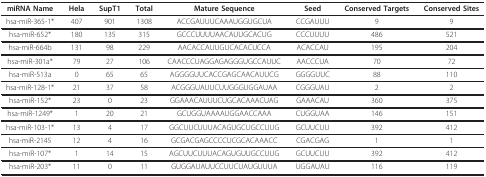
<table><thead><tr><td><b>miRNA Name</b></td><td><b>Hela</b></td><td><b>SupT1</b></td><td><b>Total</b></td><td><b>Mature Sequence</b></td><td><b>Seed</b></td><td><b>Conserved Targets</b></td><td><b>Conserved Sites</b></td></tr></thead><tbody><tr><td>hsa-miR-365-1*</td><td>407</td><td>901</td><td>1308</td><td>ACCGAUUUCAAAUGGUGCUA</td><td>CCGAUUU</td><td>9</td><td>9</td></tr><tr><td>hsa-miR-652*</td><td>180</td><td>135</td><td>315</td><td>GCCCUUUUAACAUUGCACUG</td><td>CCCUUUU</td><td>486</td><td>521</td></tr><tr><td>hsa-miR-664b</td><td>131</td><td>98</td><td>229</td><td>AACACCAUUGUCACACUCCA</td><td>ACACCAU</td><td>195</td><td>204</td></tr><tr><td>hsa-miR-301a*</td><td>79</td><td>27</td><td>106</td><td>CAACCCUAGGAGAGGGUGCCAUUC</td><td>AACCCUA</td><td>70</td><td>72</td></tr><tr><td>hsa-miR-513a</td><td>0</td><td>65</td><td>65</td><td>AGGGGUUCACCGAGCAACAUUCG</td><td>GGGGUUC</td><td>88</td><td>110</td></tr><tr><td>hsa-miR-128-1*</td><td>21</td><td>37</td><td>58</td><td>ACGGGUAUUCUUGGGUGGAUAA</td><td>CGGGUAU</td><td>2</td><td>2</td></tr><tr><td>hsa-miR-152*</td><td>23</td><td>0</td><td>23</td><td>GGAAACAUUUCUGCACAAACUAG</td><td>GAAACAU</td><td>360</td><td>375</td></tr><tr><td>hsa-miR-1249*</td><td>1</td><td>20</td><td>21</td><td>GCUGGUAAAAUGGAACCAAA</td><td>CUGGUAA</td><td>146</td><td>151</td></tr><tr><td>hsa-miR-103-1*</td><td>13</td><td>4</td><td>17</td><td>GGCUUCUUUACAGUGCUGCCUUG</td><td>GCUUCUU</td><td>392</td><td>412</td></tr><tr><td>hsa-miR-2145</td><td>12</td><td>4</td><td>16</td><td>GCGACGAGCCCCUCGCACAAACC</td><td>CGACGAG</td><td>1</td><td>1</td></tr><tr><td>hsa-miR-107*</td><td>1</td><td>14</td><td>15</td><td>AGCUUCUUUACAGUGUUGCCUUG</td><td>GCUUCUU</td><td>392</td><td>412</td></tr><tr><td>hsa-miR-203*</td><td>11</td><td>0</td><td>11</td><td>GUGGAUAUUCCUUCUAUGUUUA</td><td>UGGAUAU</td><td>116</td><td>119</td></tr></tbody></table>